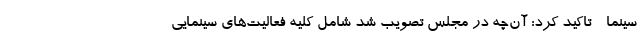
سینما - تاکید کرد: آن‌چه در مجلس تصویب شد شامل کلیه فعالیت‌های سینمایی